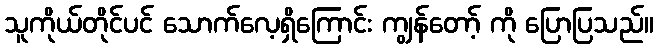
သူကိုယ်တိုင်ပင် သောက်လေ့ရှိကြောင်း ကျွန်တော့် ကို ပြောပြသည်။